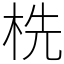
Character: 㭠